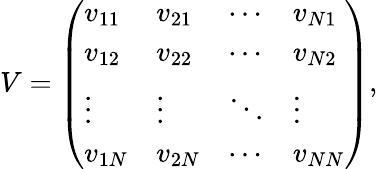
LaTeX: V=\left(\begin{array}{llll}{v_{11}}&{v_{21}}&{\cdots}&{v_{N1}}\\ {v_{12}}&{v_{22}}&{\cdots}&{v_{N2}}\\ {\vdots}&{\vdots}&{\ddots}&{\vdots}\\ {v_{1N}}&{v_{2N}}&{\cdots}&{v_{NN}}\end{array}\right),